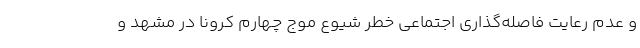
و عدم رعایت فاصله‌گذاری اجتماعی خطر شیوع موج چهارم کرونا در مشهد و